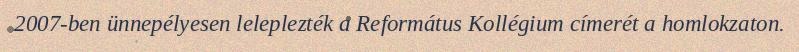
2007-ben ünnepélyesen leleplezték a Református Kollégium címerét a homlokzaton.